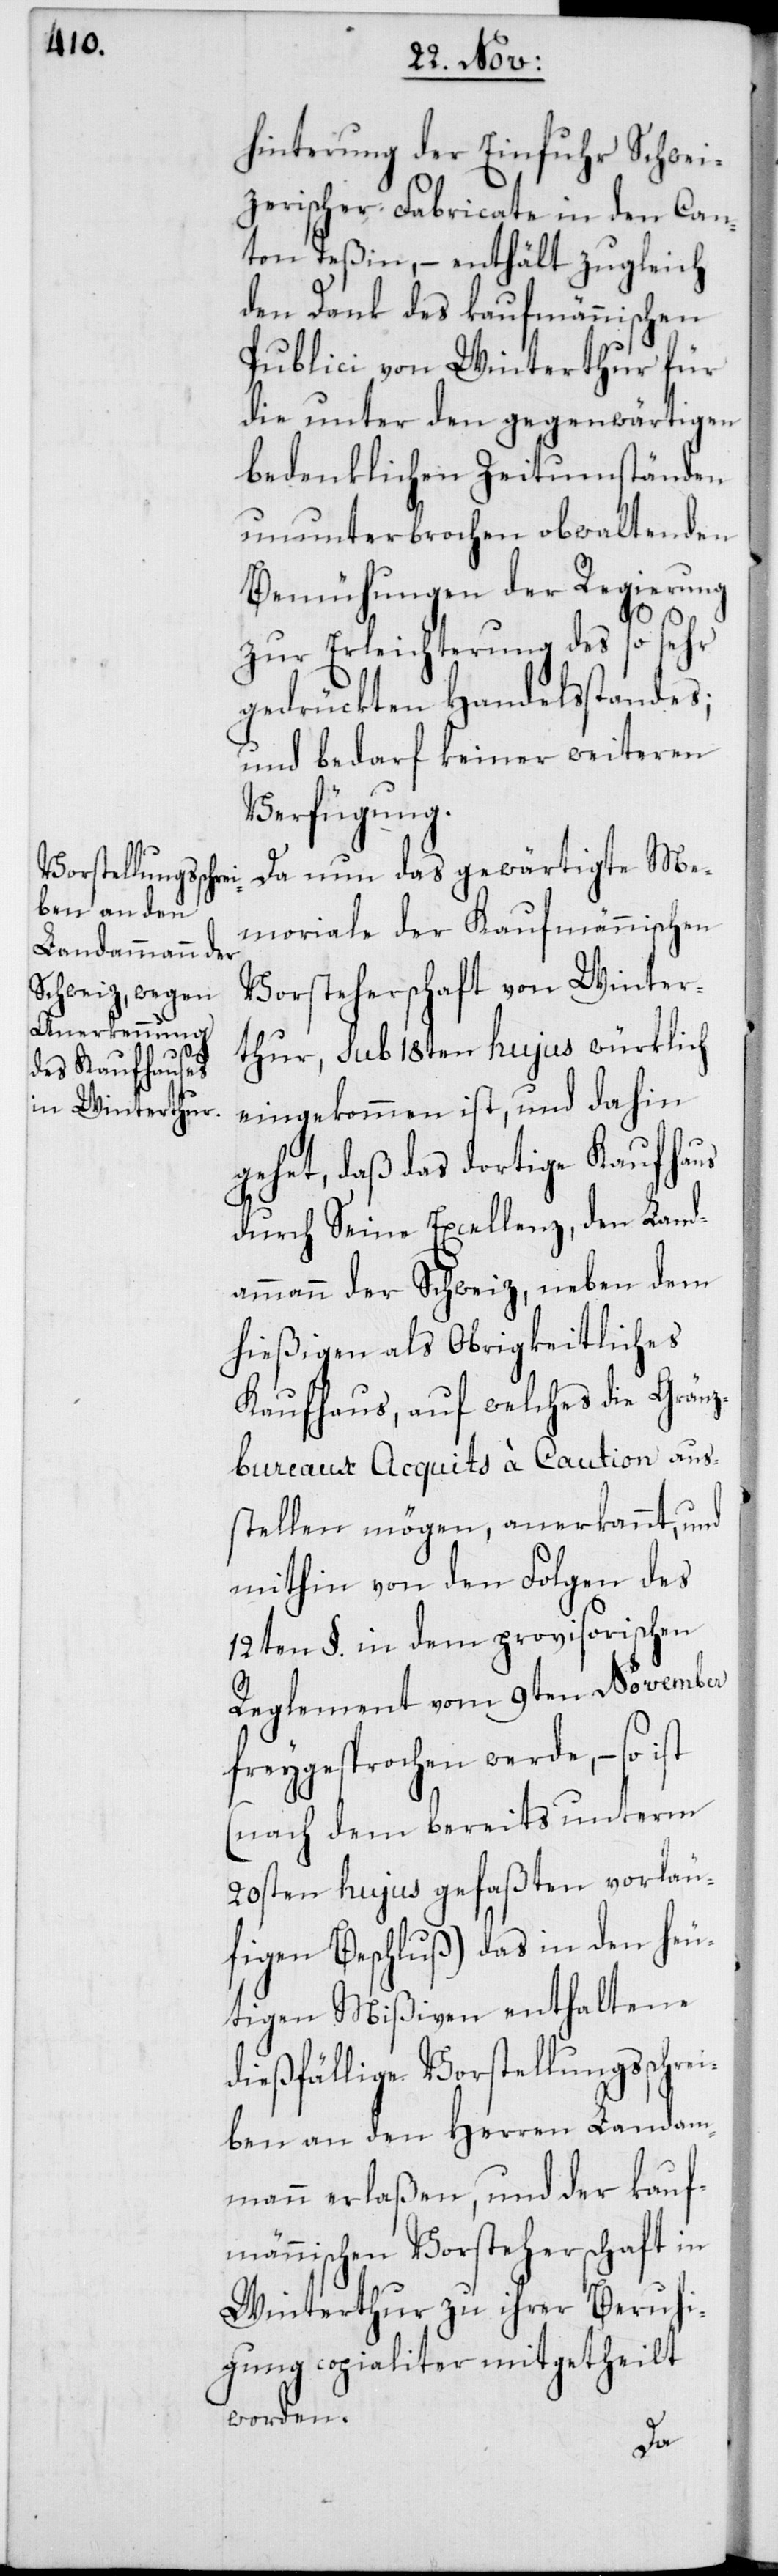
hinderung der Einfuhr Schwei¬
zerischer Fabricate in den Can¬
ton Teßin, – enthält zugleich
den Dank des kaufmännischen
Publici von Winterthur für
die unter den gegenwärtigen
bedenklichen Zeitumständen
ununterbrochen obwaltenden
Bemühungen der Regierung
zur Erleichterung des so sehr
gedrückten Handelsstandes;
und bedarf keiner weiteren
Verfügung.
Da nun das gewärtigte Me¬
moriale der Kaufmännischen
Vorsteherschaft von Winter¬
thur, sub 18ten hujus würklich
eingekommen ist, und dahin
gehet, daß das dortige Kaufhaus
durch Seine Excellenz, den Land¬
ammann der Schweiz, neben dem
hießigen als Obrigkeitliches
Kaufhaus, auf welches die Gränz¬
bureaux Acquits à Caution aus¬
stellen mögen, anerkannt, und
mithin von den Folgen des
12ten §. in dem provisorischen
Reglement vom 9ten November
freygesprochen werde, – so ist
(nach dem bereits unterm
20sten hujus gefaßten vorläu¬
figen Beschluß) das in den heu¬
tigen Mißiven enthaltene
dießfällige Vorstellungsschrei¬
ben an den Herren Landam¬
mann erlaßen, und der kauf¬
männischen Vorsteherschaft in
Winterthur zu ihrer Beruhi¬
gung copialiter mitgetheilt
worden.